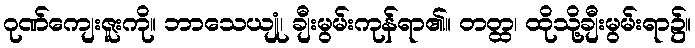
ဂုဏ်ကျေးဇူးကို။ ဘာသေယျုံ၊ ချီးမွမ်းကုန်ရာ၏။ တတ္ထ၊ ထိုသို့ချီးမွမ်းရာ၌။